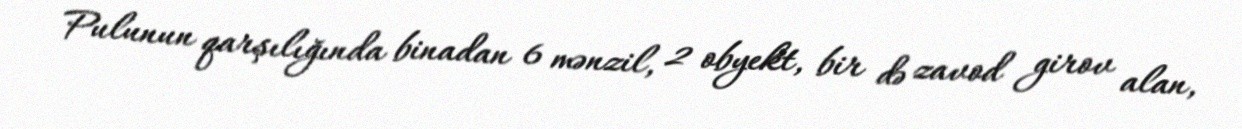
Pulunun qarşılığında binadan 6 mənzil, 2 obyekt, bir də zavod girov alan,